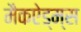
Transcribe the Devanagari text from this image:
मैकऐड्म्स